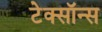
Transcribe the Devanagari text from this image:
टेक्सॉन्स